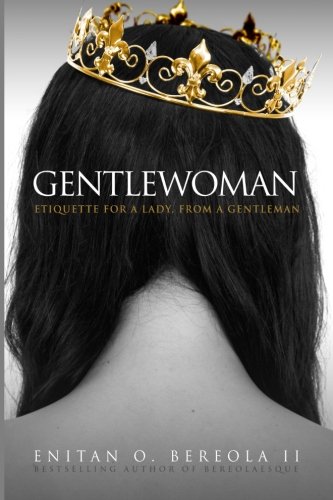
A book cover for Gentlewoman: Etiquette for a Lady, from a Gentleman (BEREOLAESQUE); Enitan O. Bereola II; Self-Help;